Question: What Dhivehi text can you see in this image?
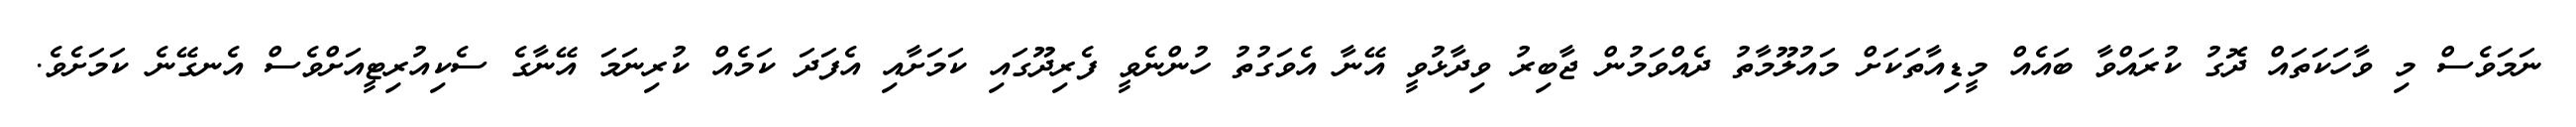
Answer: ނަމަވެސް މި ވާހަކަތައް ދޮގު ކުރައްވާ ބައެއް މީޑިއާތަކަށް މައުލޫމާތު ދެއްވަމުން ޖާބިރު ވިދާޅުވީ އޭނާ އެވަގުތު ހުންނެވީ ފެރިދޫގައި ކަމަށާއި އެފަދަ ކަމެއް ކުރިނަމަ އޭނާގެ ސެކިއުރިޓީއަށްވެސް އެނގޭނެ ކަމަށެވެ.